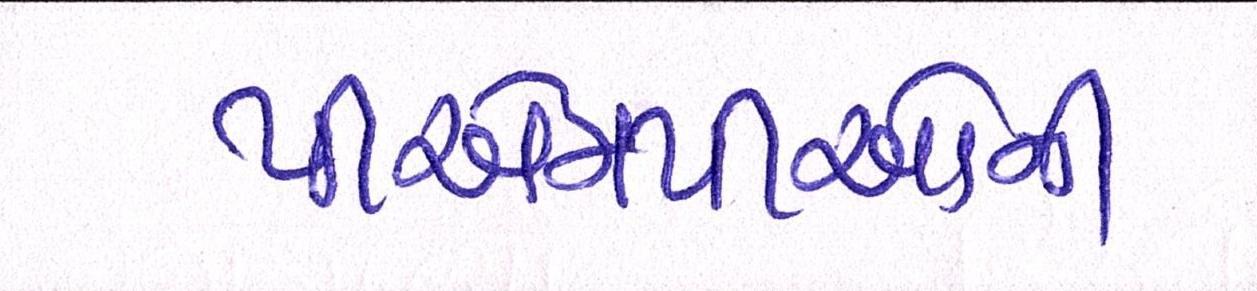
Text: પીએમપીઓની